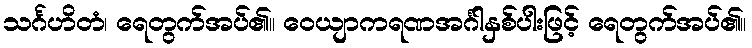
သင်္ဂဟိတံ၊ ရေတွက်အပ်၏။ ဝေယျာကရဏအင်္ဂါနှစ်ပါးဖြင့် ရေတွက်အပ်၏။